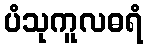
ပံသုကူလဓရံ